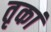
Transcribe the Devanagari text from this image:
तृकां